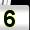
Digit: 5